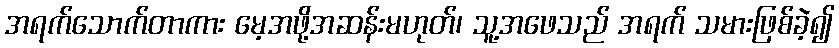
အရက်သောက်တာကား မေ့အဖို့အဆန်းမဟုတ်၊ သူ့အဖေသည် အရက် သမားဖြစ်ခဲ့၍